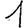
Digit: 1